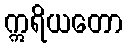
ဣရိယတော